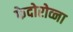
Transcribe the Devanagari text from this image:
फेदोरोव्ना